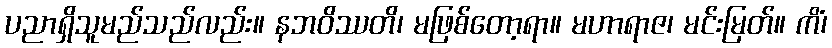
ပညာရှိသူမည်သည်လည်း။ နဘဝိဿတိ၊ မဖြစ်တော့ရာ။ မဟာရာဇ၊ မင်းမြတ်။ ကိံ၊